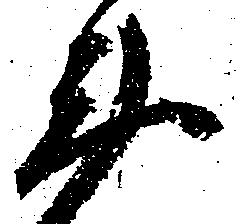
衛